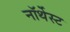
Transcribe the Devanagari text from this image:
नॉर्थेस्ट